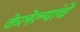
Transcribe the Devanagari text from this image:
केलेल्यांचे